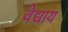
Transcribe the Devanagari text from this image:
वेद्याय